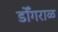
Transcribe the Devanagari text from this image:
डोँगराळ